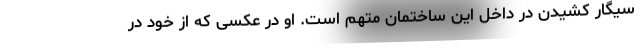
سیگار کشیدن در داخل این ساختمان متهم است. او در عکسی که از خود در